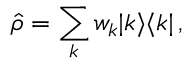
\hat { \rho } = \sum _ { k } w _ { k } | k \rangle \langle k | \, ,